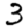
Digit: 3